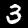
Digit: 3